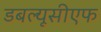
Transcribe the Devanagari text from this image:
डबल्यूसीएफ